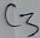
Text: C3